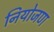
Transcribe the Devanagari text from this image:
नियोजण